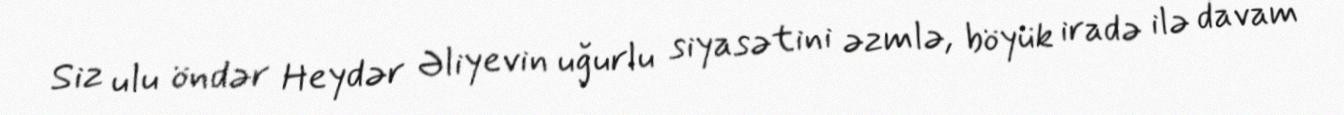
Siz ulu öndər Heydər Əliyevin uğurlu siyasətini əzmlə, böyük iradə ilə davam